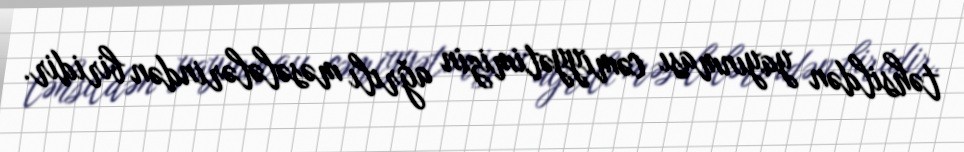
təhsildən yayınması cəmiyyətimizin ağrılı məsələlərindən biridir.